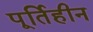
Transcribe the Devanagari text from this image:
पूर्तिहीन